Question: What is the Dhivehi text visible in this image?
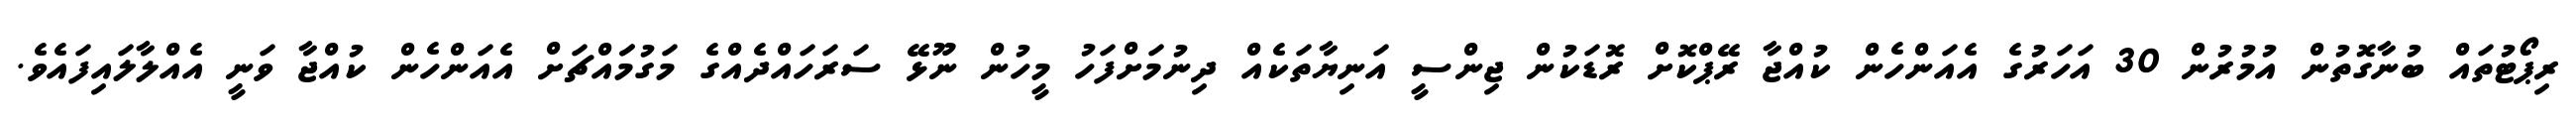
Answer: ރިޕޯޓުތައް ބުނާގޮތުން އުމުރުން 30 އަހަރުގެ އެއަންހެން ކުއްޖާ ރޭޕްކޮށް ރޮޑަކުން ޖިންސީ އަނިޔާތަކެއް ދިނުމަށްފަހު މީހުން ނޫޅޭ ސަރަހައްދެއްގެ މަގުމަައްޗަށް އެއަންހެން ކުއްޖާ ވަނީ އެއްލާލައިފައެވެ.